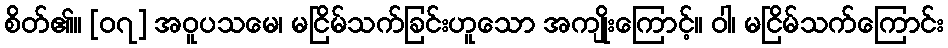
စိတ်၏။ [၀၇] အဝူပသမေ၊ မငြိမ်သက်ခြင်းဟူသော အကျိုးကြောင့်။ ဝါ၊ မငြိမ်သက်ကြောင်း